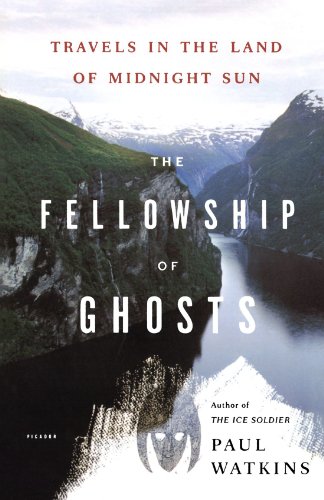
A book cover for The Fellowship of Ghosts: Travels in the Land of Midnight Sun; Paul Watkins; Biographies & Memoirs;